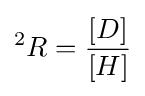
{^{2}R}={\frac {[D]}{[H]}}